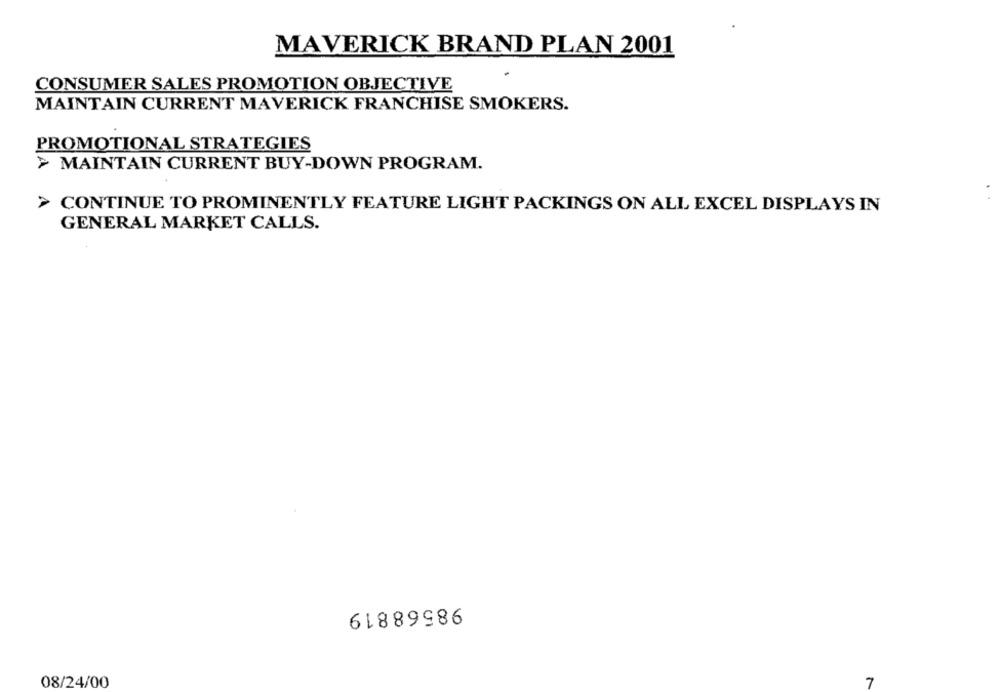
MAVERICK BRAND PLAN 2001
CONSUMER SALES PROMOTION OBJECTIVE
MAINTAIN CURRENT MAVERICK FRANCHISE SMOKERS.
PROMOTIONAL STRATEGIES
> MAINTAIN CURRENT BUY-DOWN PROGRAM.
CONTINUE TO PROMINENTLY FEATURE LIGHT PACKINGS ON ALL EXCEL DISPLAYS IN
GENERAL MARKET CALLS.
98568819
08/24/00
7